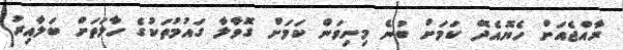
ރާއްޖެއަށް ހެޔޮއެދޭ ކަމަށް ބުނެ މިނިވަން ކަމަށް ގޮވާލާ ގައުމުތަކުގެ ހާލަތަށް ބަލާއިރު